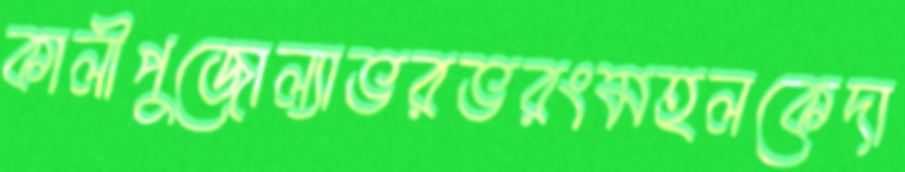
কালীপুজোল্যাভরভরংমহলকেদা